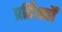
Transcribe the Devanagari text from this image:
प्रर्तिवर्तों